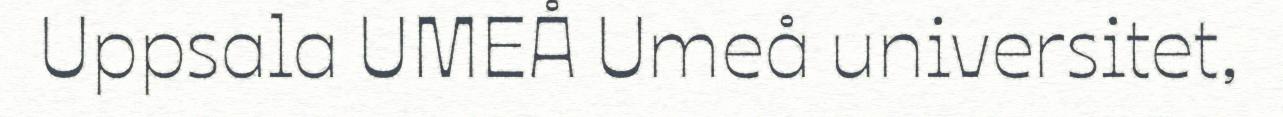
Uppsala UMEÅ Umeå universitet,